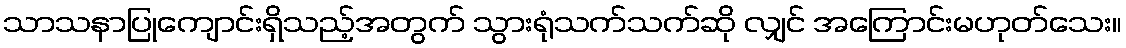
သာသနာပြုကျောင်းရှိသည့်အတွက် သွားရုံသက်သက်ဆို လျှင် အကြောင်းမဟုတ်သေး။